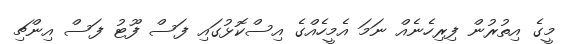
މީގެ އިތުރުން ފިރިހެނެއް ނަމަ އެމީހެއްގެ އިސްކޮޅުގައި ފަސް ފޫޓު ފަސް އިންޗި